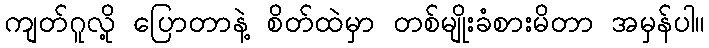
ကျတ်ဂူလို့ ပြောတာနဲ့ စိတ်ထဲမှာ တစ်မျိုးခံစားမိတာ အမှန်ပါ။